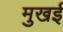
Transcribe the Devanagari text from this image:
मुखई